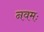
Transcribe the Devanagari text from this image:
नवमः